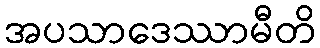
အပသာဒေဿာမီတိ